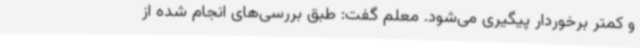
و کمتر برخوردار پیگیری می‌شود. معلم گفت: طبق بررسی‌های انجام شده از